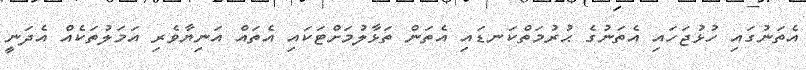
އެތަނުގައި ހުޅުޖަހައި އެތަނުގެ ޙުރުމަތްކަނޑައި އެތަން ތަޅާލުމަށްޓަކައި އެތައް އަނިޔާވެރި އަމަލުތަކެއް އެދަނީ